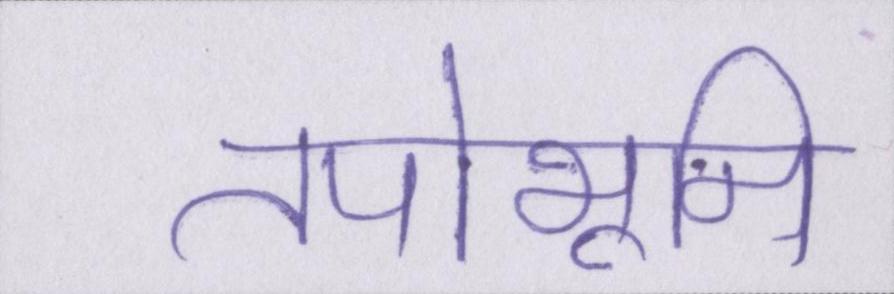
तपोभूमि